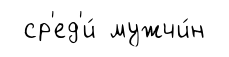
ср'ед'и́ мужчи́н